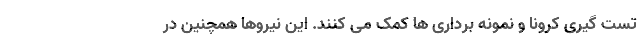
تست گیری کرونا و نمونه برداری ها کمک می کنند. این نیروها همچنین در